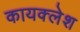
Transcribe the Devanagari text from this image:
कायक्लेश